Civil Veterinary Dept. North-West Frontier Province 1933-46 - 1933-1946
Year: 1933
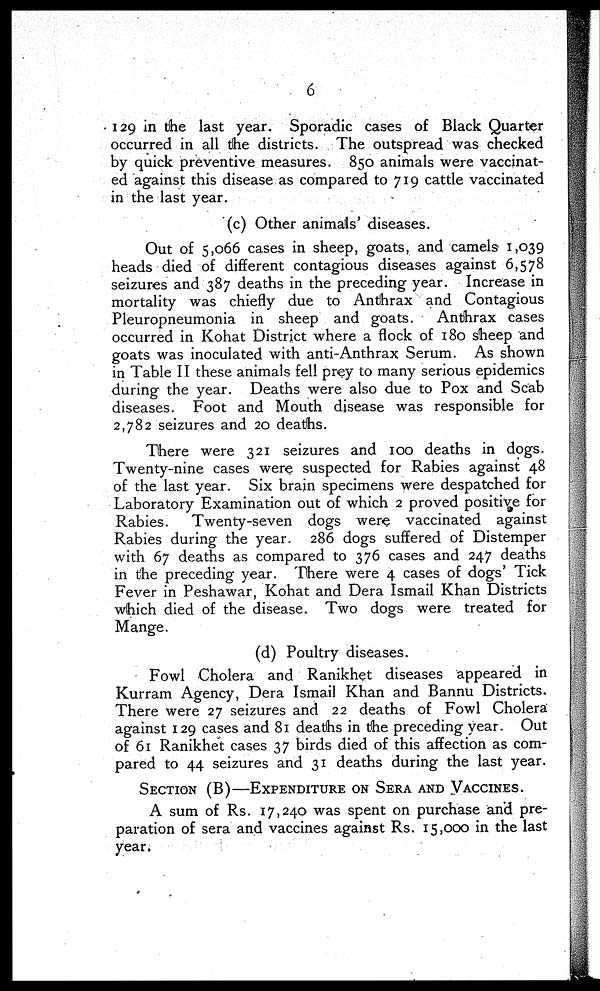
6
129 in the last year. Sporadic cases of Black Quarter
occurred in all the districts. The outspread was checked
by quick preventive measures. 850 animals were vaccinat-
ed against this disease as compared to 719 cattle vaccinated
in the last year.
(c) Other animals diseases.
Out of 5,066 cases in sheep, goats, and camels 1,039
heads died of different contagious diseases against 6,578
seizures and 387 deaths in the preceding year. Increase in
mortality was chiefly due to Anthrax and Contagious
Pleuropneumonia in sheep and goats.
Anthrax cases
occurred in Kohat District where a flock of 180 sheep and
goats was inoculated with anti-Anthrax Serum. As shown
in Table II these animals fell prey to many serious epidemics
during the year. Deaths were also due to Pox and Scab
diseases. Foot and Mouth disease was responsible for
2,782 seizures and 20 deaths.
There were 321 seizures and 100 deaths in dogs.
Twenty-nine cases were suspected for Rabies against 48
of the last year. Six brain specimens were despatched for
Laboratory Examination out of which 2 proved positive for
Rabies.
Twenty-seven dogs were vaccinated against
Rabies during the year. 286 dogs suffered of Distemper
with 67 deaths as compared to 376 cases and 247 deaths
in the preceding year. There were 4 cases of dogs' Tick
Fever in Peshawar, Kohat and Dera Ismail Khan Districts
which died of the disease. Two dogs were treated for
Mange.
(d) Poultry diseases.
Fowl Cholera and Ranikhet diseases appeared in
Kurram Agency, Dera Ismail Khan and Bannu Districts.
There were 27 seizures and 22 deaths of Fowl Cholera
against 129 cases and 81 deaths in the preceding year. Out
of 61 Ranikhet cases 37 birds died of this affection as com-
pared to 44 seizures and 31 deaths during the last year.
SECTION (B)—EXPENDITURE ON SERA AND VACCINES.
A sum of Rs. 17,240 was spent on purchase and pre-
paration of sera and vaccines against Rs. 15,000 in the last
year.